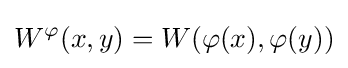
W^{\varphi }(x,y)=W(\varphi (x),\varphi (y))